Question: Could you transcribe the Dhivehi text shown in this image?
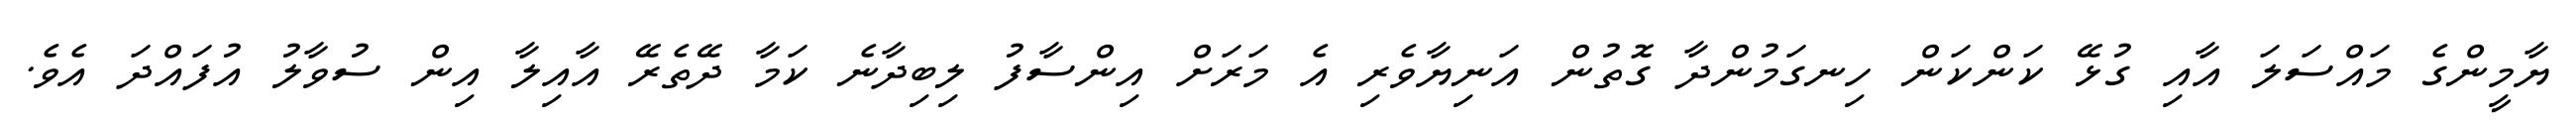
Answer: ޔާމީންގެ މައްސަލަ އާއި ގުޅޭ ކަންކަން ހިނގަމުންދާ ގޮތުން އަނިޔާވެރި އެ މަރަށް އިންސާފު ލިބިދާނެ ކަމާ ދޭތެރޭ އާއިލާ އިން ސުވާލު އުފައްދަ އެވެ.